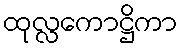
ထုလ္လကောဋ္ဌိကာ